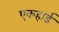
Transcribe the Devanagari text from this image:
एकहार्ड